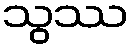
သွဿ